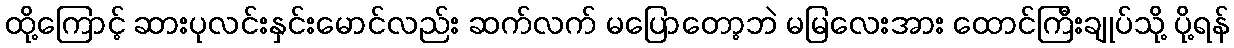
ထို့ကြောင့် ဆားပုလင်းနှင်းမောင်လည်း ဆက်လက် မပြောတော့ဘဲ မမြလေးအား ထောင်ကြီးချုပ်သို့ ပို့ရန်